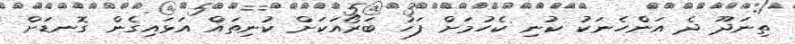
ތިނަދޫ ދެ އަންހެނަކު ކުނި ކެހުމަށް ފަހު ބަރޯއަކަށް ކުނިތައް އަޅައިގެން ގޮނޑަށް